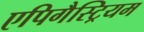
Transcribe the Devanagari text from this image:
एपिगैस्ट्रियम